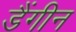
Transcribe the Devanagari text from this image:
डैंगीन